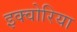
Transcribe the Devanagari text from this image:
इक्वोरिया